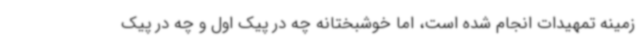
زمینه تمهیدات انجام شده است، اما خوشبختانه چه در پیک اول و چه در پیک